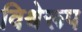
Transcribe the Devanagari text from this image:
विश्वेरूप